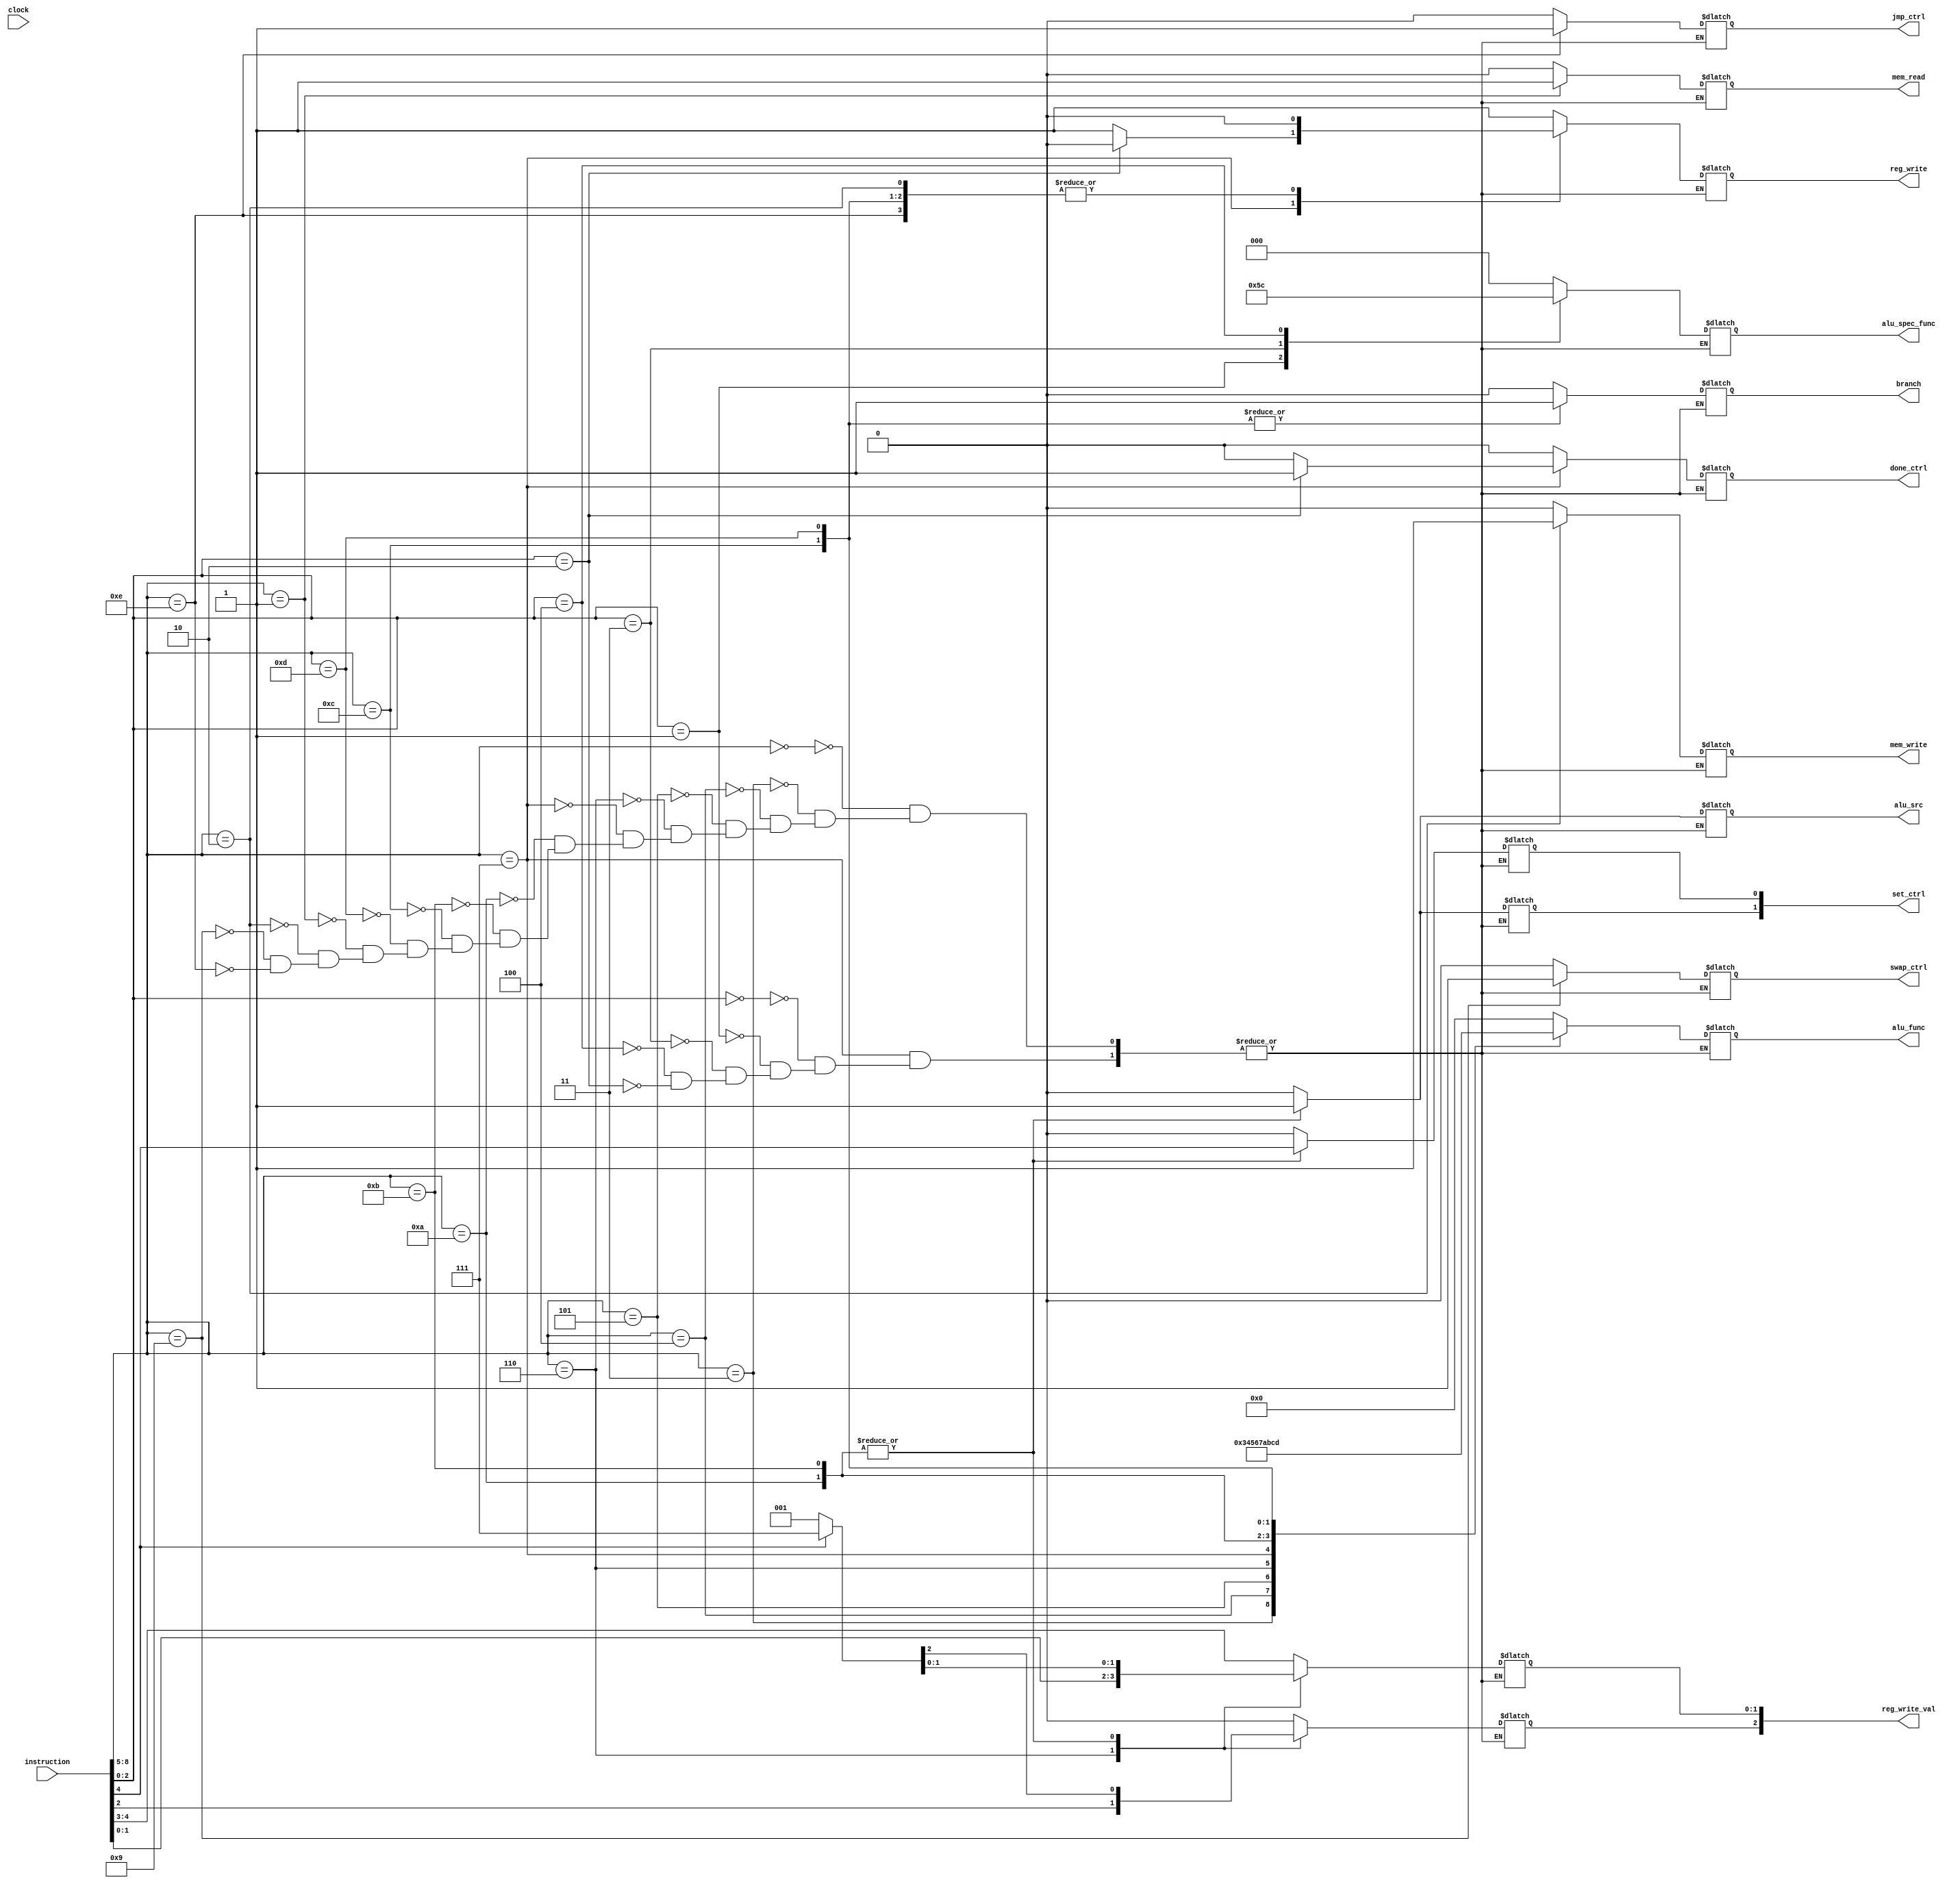
 `define add_op 	4'b0000		// add
 `define ld_op 	    4'b0001		// load
 `define st_op 	    4'b0010		// store
 `define sl_op 		4'b0011		// shift left
 `define sr_op 		4'b0100		// shift right
 `define stt_op 	4'b0101		// set to	
 `define stf_op 	4'b0110		// set from
 `define spec_op 	4'b0111		// special operation
 `define swp_op 	4'b1001		// swap
 `define stl_op 	4'b1010		// set low	
 `define sth_op 	4'b1011		// set high	
 `define beq_op 	4'b1100		// branch on equal
 `define blt_op 	4'b1101		// branch on less than	
 `define jmp_op 	4'b1110		// jump

 // Special operations
 `define inc_op 	3'b000		// increment
 `define aon_op 	3'b001		// and with one
 `define hlt_op 	3'b010		// halt
 `define seg_op 	3'b011		// subtract 8
 `define pkr_op 	3'b100		// poker	

module control_unit (
	input clock,
    input [8:0] instruction,
    output reg [1:0] set_ctrl,
    output reg swap_ctrl, 
    output reg [3:0] alu_func,
    output reg [2:0] alu_spec_func,
    output reg [2:0] reg_write_val,
    output reg alu_src,
    output reg mem_write, 
    output reg mem_read, 
    output reg branch, 
    output reg reg_write,
    output reg done_ctrl, 
    output reg jmp_ctrl
);

reg [3:0] opcode;
reg [2:0] spec_instr;

always @(*) begin
    opcode = instruction[8:5];
    spec_instr = instruction[2:0];

    case(opcode) 
        //ADD 
       `add_op: begin
            reg_write_val <= instruction[4:3];
            alu_func <= 4'b0000;
            alu_spec_func <= 3'bxxx;
            set_ctrl <= 2'b00;
            alu_src <=   0;
            mem_write <= 0;
            mem_read <=  0;
            branch <=    0;
            reg_write <= 1;
            swap_ctrl <= 0;
            done_ctrl <= 0;
            jmp_ctrl <= 0;
        end
        //SHIFT LEFT
        `sl_op: begin
            reg_write_val <= instruction[4:3];
            alu_func <= 4'b0011;
            alu_spec_func <= 3'bxxx;
            set_ctrl <= 2'b00;
            alu_src <=   0;
            mem_write <= 0;
            mem_read <=  0;
            branch <=    0;
            reg_write <= 1;
            swap_ctrl <= 0;
            done_ctrl <= 0;
            jmp_ctrl <= 0;
        end
        //SHIFT RIGHT
        `sr_op: begin
            reg_write_val <= instruction[4:3];
            alu_func <= 4'b0100;
            alu_spec_func <= 3'bxxx;
            set_ctrl <= 2'b00;
            alu_src <=   1'b0;
            mem_write <= 0;
            mem_read <=  0;
            branch <=    0;
            reg_write <= 1;
            swap_ctrl <= 0;
            done_ctrl <= 0;
            jmp_ctrl <= 0;
        end
        //SET TO
        `stt_op: begin
            reg_write_val [2] = 0;
            reg_write_val [1:0] <= instruction[4:3];
            alu_func <= 4'b0101;
            alu_spec_func <= 3'bxxx;
            set_ctrl <= 2'b00;
            alu_src <=   1'b0;
            mem_write <= 0;
            mem_read <=  0;
            branch <=    0;
            reg_write <= 1;
            swap_ctrl <= 0;
            done_ctrl <= 0;
            jmp_ctrl <=  0;
        end
        //SET FROM 
        `stf_op: begin
            reg_write_val <= instruction[2:0];
            alu_func <= 4'b0110;
            alu_spec_func <= 3'bxxx;
            set_ctrl <= 2'b00;
            alu_src <=   1'b0;
            mem_write <= 0;
            mem_read <=  0;
            branch <=    0;
            reg_write <= 1;
            swap_ctrl <= 0;
            done_ctrl <= 0;
            jmp_ctrl <= 0;
        end
        //SPECIAL OP
        `spec_op: begin
            case(spec_instr)
                //INCREMENT
                `inc_op: begin
                    reg_write_val[2] <= 0;
                    reg_write_val[1:0] <= instruction[4:3];
                    alu_func <= 4'b0111;
					alu_spec_func <= 3'b000;
                    alu_src <= 1'b0;
                    set_ctrl <= 2'b00;
                    mem_write <= 0;
                    mem_read <=  0;
                    branch <=    0;
                    reg_write <= 1;
                    swap_ctrl <= 0;
                    done_ctrl <= 0;
                    jmp_ctrl <= 0;
                end
                //AND ONE
                `aon_op: begin
                    reg_write_val[2] <= 0;
                    reg_write_val[1:0] <= instruction[4:3];
                    alu_func <= 4'b0111;
					alu_spec_func <= 3'b001;
                    alu_src <= 1'b0;
                    set_ctrl <= 2'b00;
                    mem_write <= 0;
                    mem_read <=  0;
                    branch <=    0;
                    reg_write <= 1;
                    swap_ctrl <= 0;
                    done_ctrl <= 0;
                    jmp_ctrl <= 0;
                end        
                //SUBTRACT EIGHT
                `seg_op: begin
                    reg_write_val[2] <= 0;
                    reg_write_val[1:0] <= instruction[4:3];
                    alu_func <= 4'b0111;
					alu_spec_func <= 3'b011;
                    alu_src <= 1'b0;
                    set_ctrl <= 2'b00;
                    mem_write <= 0;
                    mem_read <=  0;
                    branch <=    0;
                    reg_write <= 1;
                    swap_ctrl <= 0;
                    done_ctrl <= 0;
                    jmp_ctrl <= 0;
                end
                //POKER
                `pkr_op: begin
                    reg_write_val[2] <= 0;
                    reg_write_val[1:0] <= instruction[4:3];
                    alu_func <= 4'b0111;
					alu_spec_func <= 3'b100;
                    alu_src <= 1'b0;
                    set_ctrl <= 2'b00;
                    mem_write <= 0;
                    mem_read <=  0;
                    branch <=    0;
                    reg_write <= 1;
                    swap_ctrl <= 0;
                    done_ctrl <= 0;
                    jmp_ctrl <= 0;
                end
                //HALT
                `hlt_op: begin
                    reg_write_val <= 3'bxxx;
                    alu_func <= 4'bxxxx;
					alu_spec_func <= 3'bxxx;
                    alu_src <= 1'b0;
                    set_ctrl <= 2'b00;
                    mem_write <= 1'b0;
                    mem_read <=  1'b0;
                    branch <=    1'b0;
                    reg_write <= 1'b0;
                    swap_ctrl <= 1'b0;
                    done_ctrl <= 1;
                    jmp_ctrl <= 0;
                end
            endcase
        end
        //SET LOW
        `stl_op: begin
            reg_write_val <= instruction[4] == 0 ? 3'b001: 3'b111;
            alu_func <= 4'b1010;
            alu_spec_func <= 3'bxxx;
            alu_src <= 1'b1;
            set_ctrl[1] <= 1;
            set_ctrl[0] <= instruction[4];
            mem_write <= 0;
            mem_read <=  0;
            branch <=    0;
            reg_write <= 1;
            swap_ctrl <= 0;
            done_ctrl <= 0;
            jmp_ctrl <= 0;
        end
        //SET HIGH
        `sth_op: begin
            reg_write_val <= instruction[4] == 0 ? 3'b001: 3'b111;
            alu_func <= 4'b1011;
            alu_spec_func <= 3'bxxx;
            alu_src <= 1'b1;
            set_ctrl[1] <= 1;
            set_ctrl[0] <= instruction[4];
            mem_write <= 0;
            mem_read <=  0;
            branch <=    0;
            reg_write <= 1;
            swap_ctrl <= 0;
            done_ctrl <= 0;
            jmp_ctrl <= 0;
        end
        //BRANCH EQUAL
        `beq_op: begin
            reg_write_val <= 3'bxxx;
            alu_func <= 4'b1100;
            alu_spec_func <= 3'bxxx;
            alu_src <= 1'b0;
            set_ctrl <= 2'b00;
            mem_write <= 0;
            mem_read <=  0;
            branch <=    1;
            reg_write <= 0;
            swap_ctrl <= 0;
            done_ctrl <= 0;
            jmp_ctrl <= 0;
        end
        //BRANCH LESS THAN
        `blt_op: begin
            reg_write_val <= 3'bxxx;
            alu_func <= 4'b1101;
            alu_spec_func <= 3'bxxx;
            alu_src <= 1'b0;
            set_ctrl <= 2'b00;
            mem_write <= 0;
            mem_read <=  0;
            branch <=    1;
            reg_write <= 0;
            swap_ctrl <= 0;
            done_ctrl <= 0;
            jmp_ctrl <= 0;
        end
        //LOAD
        `ld_op: begin
            reg_write_val <= instruction[4:3];
            alu_func <= 4'bxxxx;
            alu_spec_func <= 3'bxxx;
            alu_src <= 1'b0;
            set_ctrl <= 2'b00;
            mem_write <= 0;
            mem_read <=  1;
            branch <=    0;
            reg_write <= 1;
            swap_ctrl <= 0;
            done_ctrl <= 0;
            jmp_ctrl <= 0;
        end
        //STORE
        `st_op: begin
            reg_write_val <= 3'bxxx;
            alu_func <= 4'bxxxx;
            alu_spec_func <= 3'bxxx;
            alu_src <= 1'b0;
            set_ctrl <= 2'b00;
            mem_write <= 1;
            mem_read <=  0;
            branch <=    0;
            reg_write <= 0;
            swap_ctrl <= 0;
            done_ctrl <= 0;
            jmp_ctrl <= 0;
        end
        //SWAP
        `swp_op: begin
            reg_write_val <= 3'bxxx;
            alu_func <= 4'bxxxx;
            alu_spec_func <= 3'bxxx;
            alu_src <= 1'b0;
            set_ctrl <= 2'b00;
            mem_write <= 0;
            mem_read <=  0;
            branch <=    0;
            reg_write <= 1;
            swap_ctrl <= 1;
            done_ctrl <= 0;
            jmp_ctrl <= 0;
        end
        //JUMP
        `jmp_op: begin
            reg_write_val <= 3'bxxx;
            alu_src <= 1'b0;
            alu_func <= 4'bxxxx;
            alu_spec_func <= 3'bxxx;
            set_ctrl <= 2'b00;
            mem_write <= 0;
            mem_read <= 0;
            branch <= 0;
            reg_write <= 0;
            swap_ctrl <= 0;
            done_ctrl <= 0;
            jmp_ctrl <= 1;
        end
    endcase
end
	
endmodule